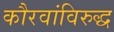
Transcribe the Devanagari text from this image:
कौरवांविरुद्ध